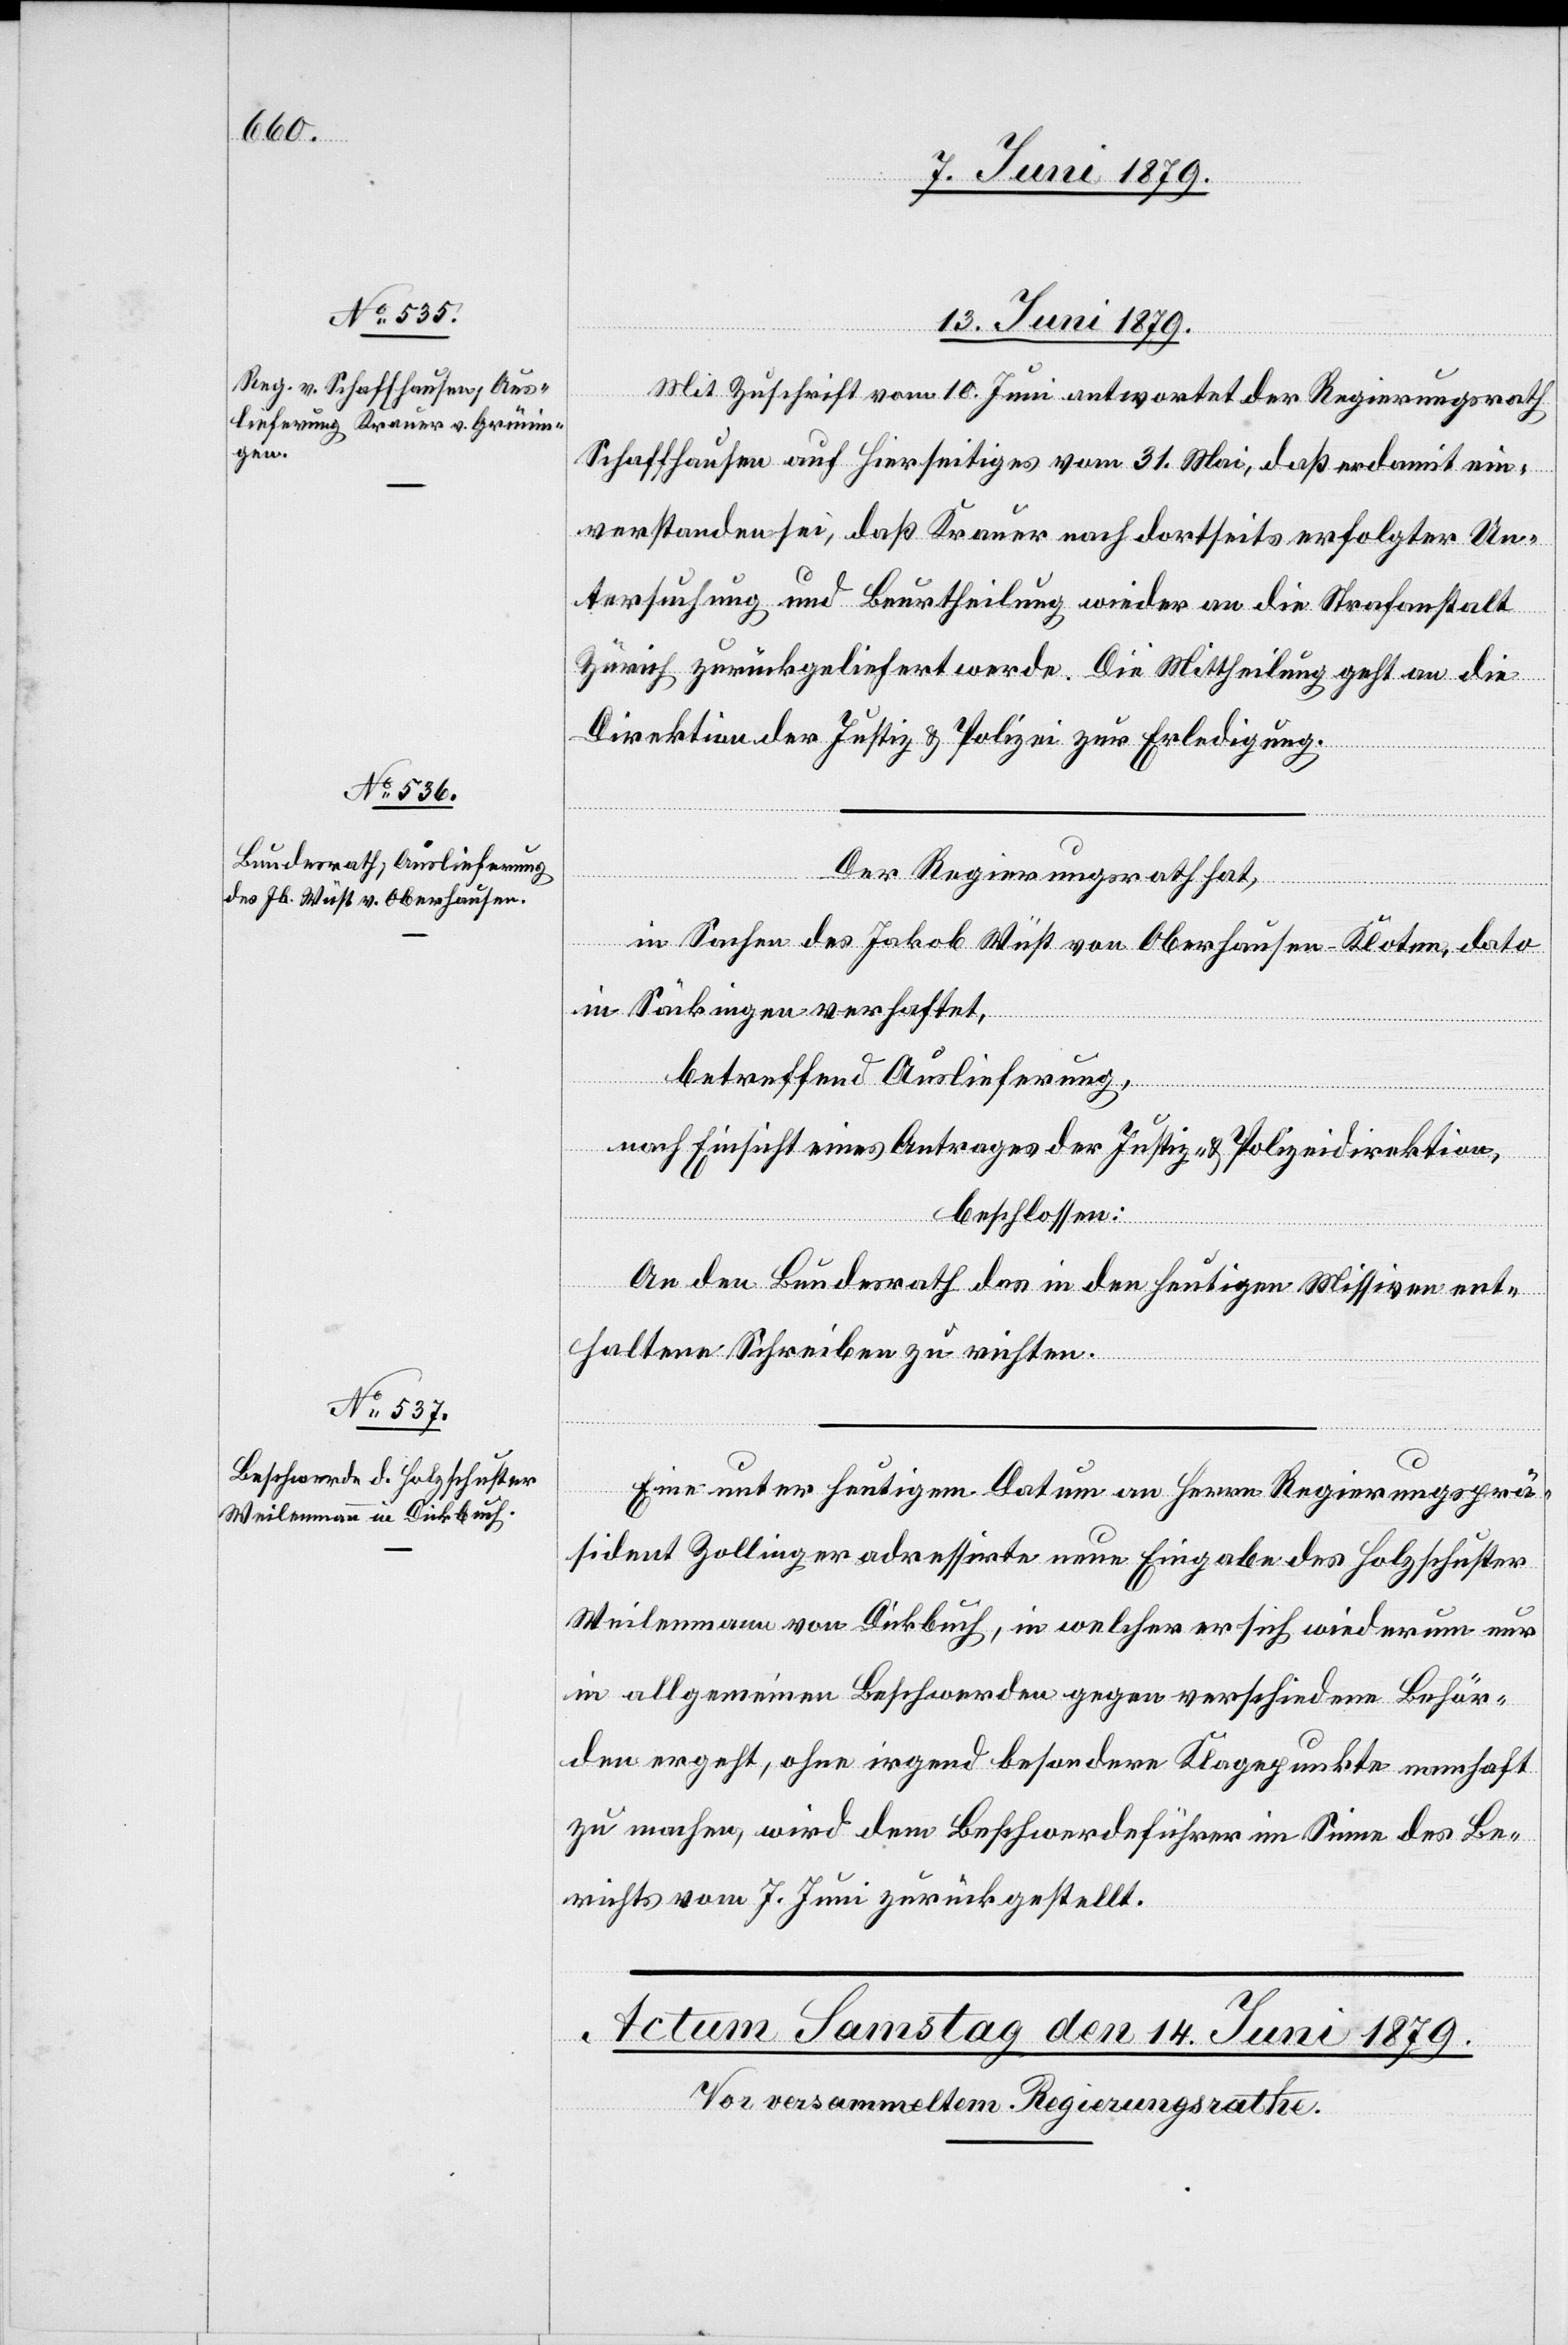
13. Juni 1879.]
Mit Zuschrift vom 10. Juni antwortet der Regierungsrath
Schaffhausen auf Hierseitiges vom 31. Mai, daß er damit ein¬
verstanden sei, daß Krauer nach dortseits erfolgter Un¬
tersuchung und Beurtheilung wieder an die Strafanstalt
Zürich zurückgeliefert werde. Die Mittheilung geht an die
Direktion der Justiz & Polizei zur Erledigung.
Der Regierungsrath hat,
In Sachen des Jakob Wüst von Oberhausen - Kloten, dato
in Säckingen verhaftet,
betreffend Auslieferung,
nach Einsicht eines Antrages der Justiz- & Polizeidirektion,
beschlossen:
erfügungen
An den Bundesrath das in den heutigen Missiven ent¬
haltene Schreiben zu richten.
Eine unter heutigem Datum an Herrn Regierungsprä¬
sident Zollinger adressirte neue Eingabe des Holzschuster
Weilenmann von Dickbuch, in welcher er sich wiederum nur
in allgemeinen Beschwerden gegen verschiedene Behör¬
den ergeht, ohne irgend besondere Klagepunkte namhaft
zu machen, wird dem Beschwerdeführer im Sinne des Be¬
richts vom 7. Juni zurückgestellt.